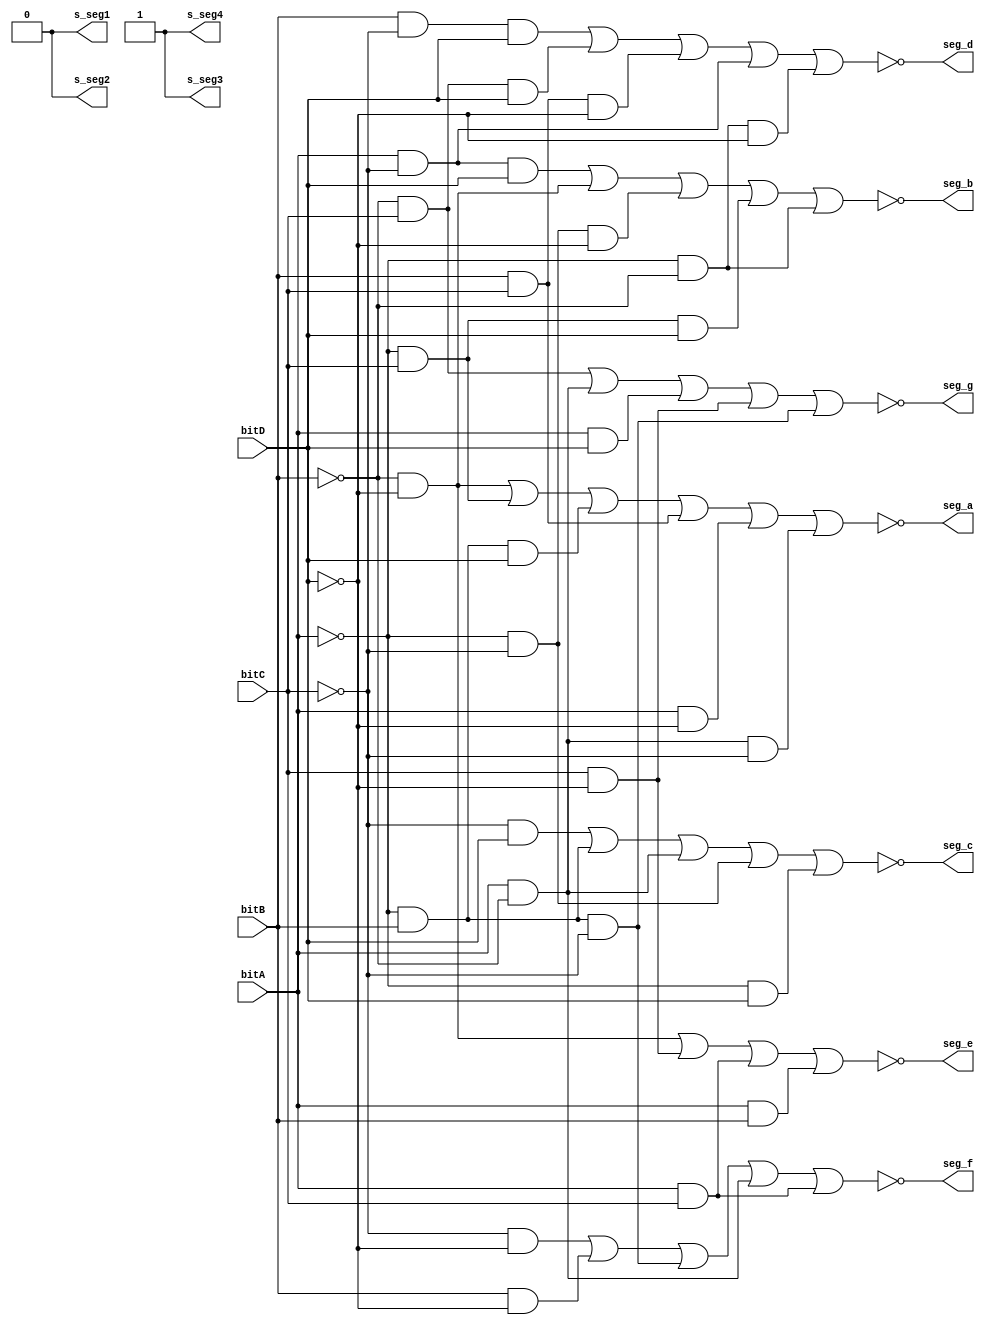
module display_time_parameters(
    input bitA,
    input bitB,
    input bitC,
    input bitD,
    output seg_a,
    output seg_b,
    output seg_c,
    output seg_d,
    output seg_e,
    output seg_f,
    output seg_g,
	 output s_seg1,
	 output s_seg2,
	 output s_seg3,
	 output s_seg4
    );

	 assign s_seg1 = 0;
	 assign s_seg2 = 0;
	 assign s_seg3 = 1;
	 assign s_seg4 = 1;
	 assign seg_a = !((!bitB&!bitD)|(!bitA&bitC)|(!bitA&bitB&bitD)|(bitB&bitC)|(bitA&!bitD)|(bitA&!bitB&!bitC));
	 assign seg_b = !((bitA&!bitC&bitD)|(!bitB&!bitD)|(!bitA&!bitC&!bitD)|(!bitA&bitC&bitD)|(!bitA&!bitB));
	 assign seg_c = !((!bitC&bitD)|(!bitA&bitB)|(bitA&!bitB)|(!bitA&!bitC)|(!bitA&bitD));
	 assign seg_d = !((bitB&!bitC&bitD)|(!bitB&bitC&bitD)|(bitB&bitC&!bitD)|(bitA&!bitC)|(!bitA&!bitB&!bitD));
	 assign seg_e = !((!bitB&!bitD)|(bitC&!bitD)|(bitA&bitC)|(bitA&bitB));
	 assign seg_f = !((!bitC&!bitD)|(bitB&!bitD)|(!bitA&bitB&!bitC)|(bitA&!bitB)|(bitA&bitC));
	 assign seg_g = !((!bitB&bitC)|(bitA&!bitB)|(bitA&bitD)|(bitC&!bitD)|(!bitA&bitB&!bitC));

endmodule